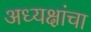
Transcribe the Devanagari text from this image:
अध्यक्षांचा